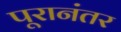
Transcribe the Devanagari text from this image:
पूरानंतर